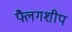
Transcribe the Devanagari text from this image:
फ्लैगशीप